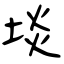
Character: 埮